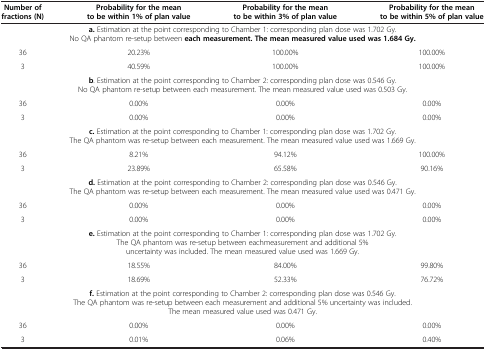
<table><thead><tr><td><b>Number of fractions (N)</b></td><td><b>Probability for the mean to be within 1% of plan value</b></td><td><b>Probability for the mean to be within 3% of plan value</b></td><td><b>Probability for the mean to be within 5% of plan value</b></td></tr></thead><tbody><tr><td colspan="4"><b>a.</b> Estimation at the point corresponding to Chamber 1: corresponding plan dose was 1.702 Gy. No QA phantom re-setup between <b>each measurement. The mean measured value used was 1.684 Gy.</b></td></tr><tr><td>36</td><td>20.23%</td><td>100.00%</td><td>100.00%</td></tr><tr><td>3</td><td>40.59%</td><td>100.00%</td><td>100.00%</td></tr><tr><td colspan="4"><b>b</b>. Estimation at the point corresponding to Chamber 2: corresponding plan dose was 0.546 Gy. No QA phantom re-setup between each measurement. The mean measured value used was 0.503 Gy.</td></tr><tr><td>36</td><td>0.00%</td><td>0.00%</td><td>0.00%</td></tr><tr><td>3</td><td>0.00%</td><td>0.00%</td><td>0.00%</td></tr><tr><td colspan="4"><b>c.</b> Estimation at the point corresponding to Chamber 1: corresponding plan dose was 1.702 Gy. The QA phantom was re-setup between each measurement. The mean measured value used was 1.669 Gy.</td></tr><tr><td>36</td><td>8.21%</td><td>94.12%</td><td>100.00%</td></tr><tr><td>3</td><td>23.89%</td><td>65.58%</td><td>90.16%</td></tr><tr><td colspan="4"><b>d.</b> Estimation at the point corresponding to Chamber 2: corresponding plan dose was 0.546 Gy. The QA phantom was re-setup between each measurement. The mean measured value used was 0.471 Gy.</td></tr><tr><td>36</td><td>0.00%</td><td>0.00%</td><td>0.00%</td></tr><tr><td>3</td><td>0.00%</td><td>0.00%</td><td>0.00%</td></tr><tr><td colspan="4"><b>e.</b> Estimation at the point corresponding to Chamber 1: corresponding plan dose was 1.702 Gy. The QA phantom was re-setup between eachmeasurement and additional 5% uncertainty was included. The mean measured value used was 1.669 Gy.</td></tr><tr><td>36</td><td>18.55%</td><td>84.00%</td><td>99.80%</td></tr><tr><td>3</td><td>18.69%</td><td>52.33%</td><td>76.72%</td></tr><tr><td colspan="4"><b>f.</b> Estimation at the point corresponding to Chamber 2: corresponding plan dose was 0.546 Gy. The QA phantom was re-setup between each measurement and additional 5% uncertainty was included. The mean measured value used was 0.471 Gy.</td></tr><tr><td>36</td><td>0.00%</td><td>0.00%</td><td>0.00%</td></tr><tr><td>3</td><td>0.01%</td><td>0.06%</td><td>0.40%</td></tr></tbody></table>